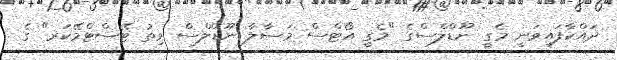
ދައްކާފައިވަނީ މެގީ ނޫޑްލްސްގެ "މެގީ އޯޓްސް މަސާލާ ނޫޑްލްސް ވިތު ޓޭސްޓްމޭކަރ" ގެ